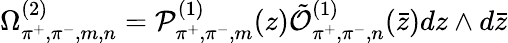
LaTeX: \Omega_{\pi^{+},\pi^{-},m,n}^{(2)}={\cal P}_{\pi^{+},\pi^{-},m}^{(1)}(z)\tilde{\cal O}_{\pi^{+},\pi^{-},n}^{(1)}(\bar{z})dz\wedge d\bar{z}